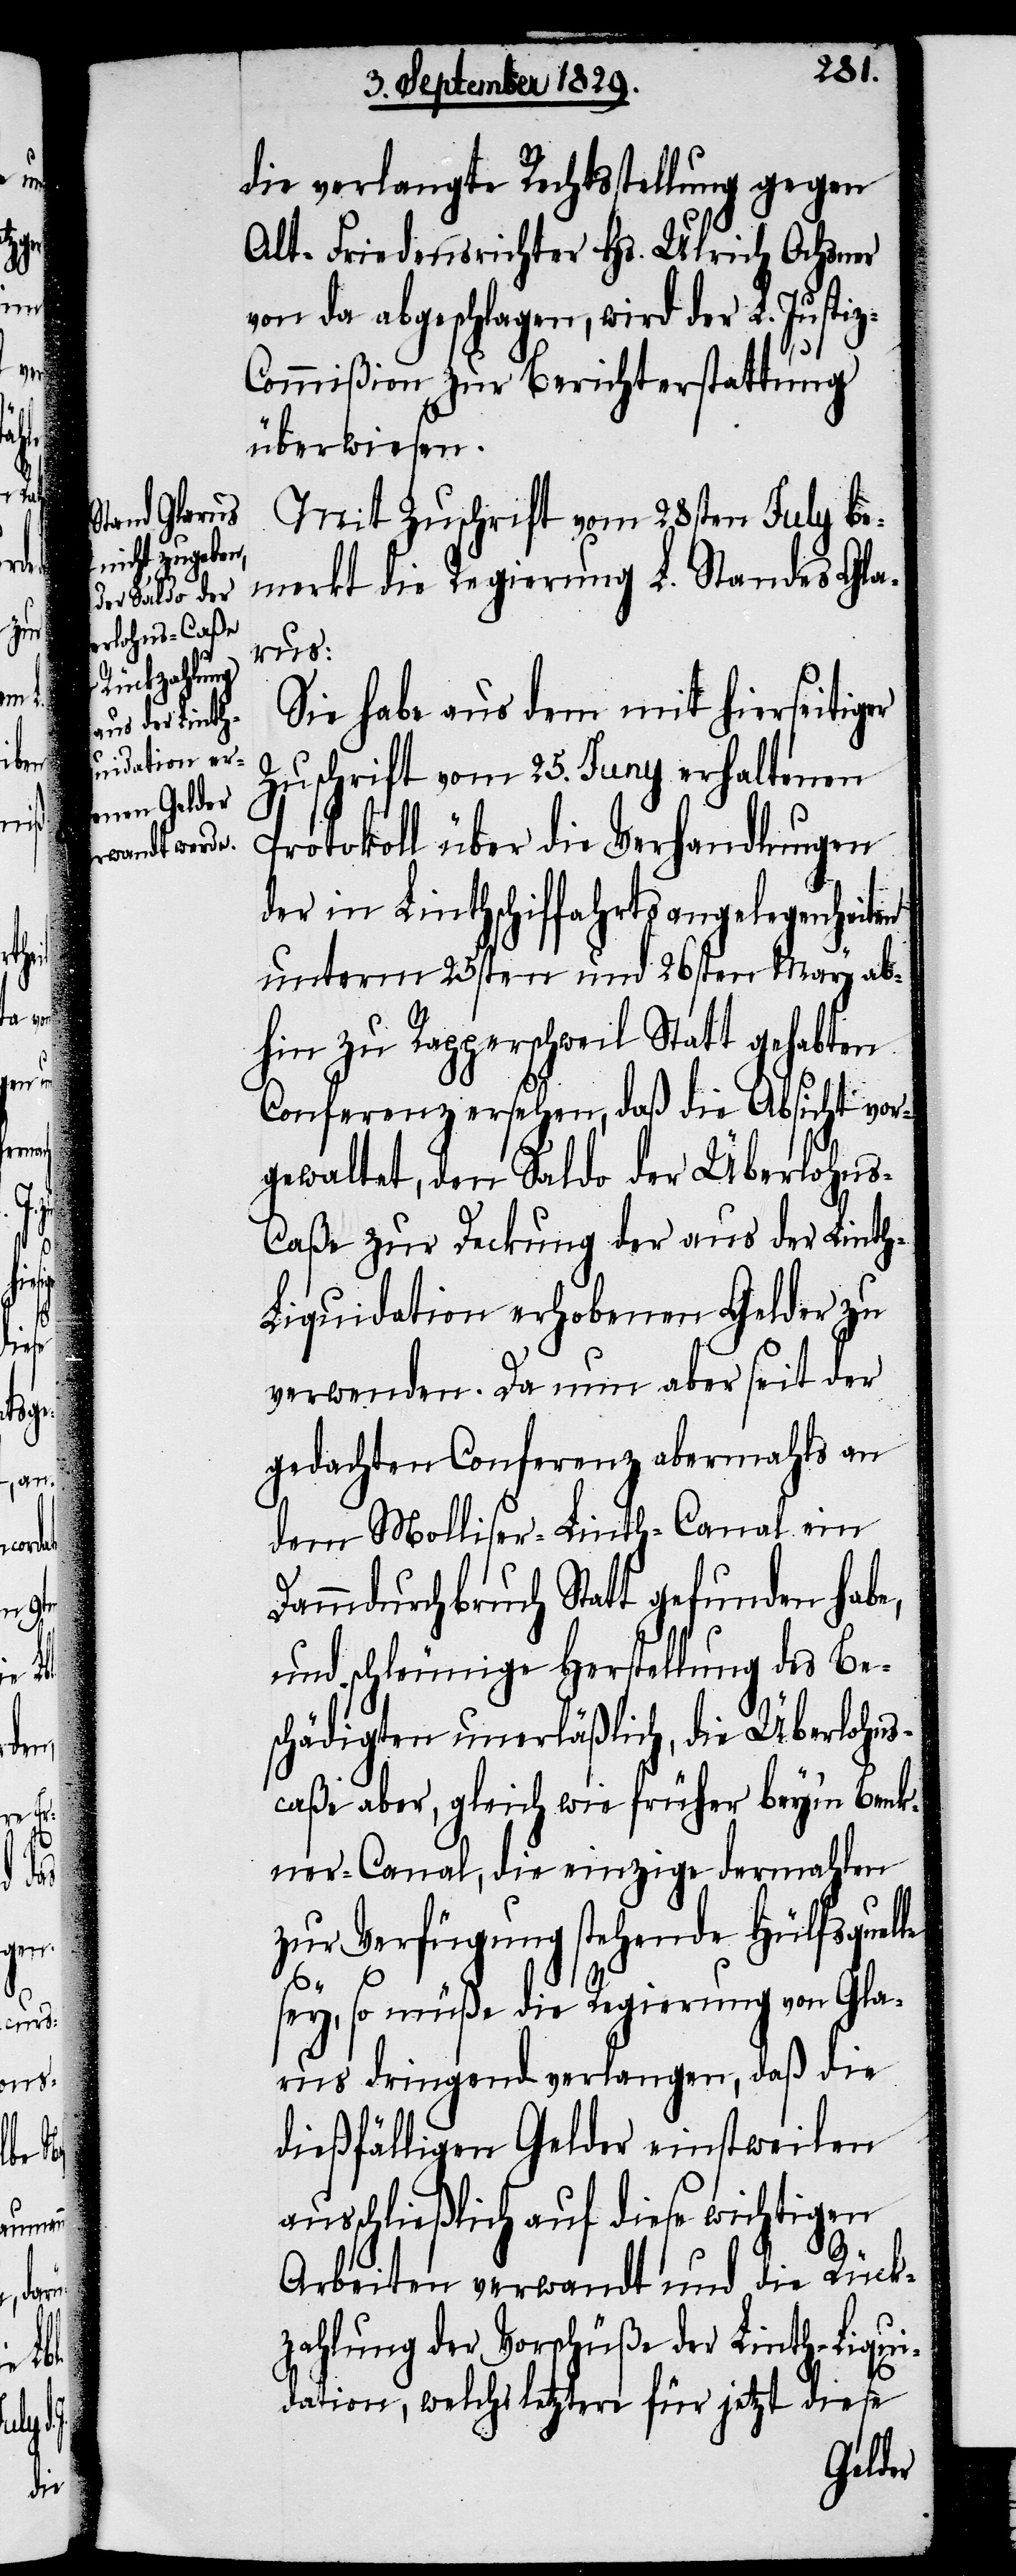
die verlangte Rechtsstellung gegen
Alt-Friedensrichter Hs. Ulrich Ochsner
von da abgeschlagen, wir der L. Justi¬
z-Commißion zur Berichterstattung
überwiesen.
Mit Zuschrift vom 28sten July be¬
merkt die Regierung L. Standes Gla¬
rus:
Sie habe aus dem mit hierseitiger
Zuschrift vom 25. Juny erhaltenen
Protokoll über die Verhandlungen
der in Linthschiffahrtsangelegenheiten
unterm 25sten und 26sten May ab¬
hin zu Rapperschweil Statt gehabten
Conferenz ersehen, daß die Absicht vor¬
gewaltet, den Saldo der Überlohn¬
s-Caße zur Deckung der aus der Lint¬
h-Liquidation erhobenen Gelder zu
verwenden. Da nun aber seit der
gedachten Conferenz abermahls an
dem Molliser-Linth-Canal ein
Dammdurchbruch Statt gefunden habe,
und schleunige Herstellung des Be¬
schädigten unerläßlich, die Überlohns¬
caße aber, gleich wie früher bey’m Benk¬
ner-Canal, die einzige dermahlen
zur Verfügung stehende Hülfsquelle
sey, so müße die Regierung von Gla¬
rus dringend verlangen, daß die
dießfälligen Gelder einstweilen
ausschließlich auf diese wichtigen
Arbeiten verwandt und die Rück¬
zahlung der Vorschüße der Linth-Liqui¬
dation, welch letztere für jetzt diese